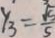
y _ { 3 } = \frac { \sqrt { 5 } } { 5 }